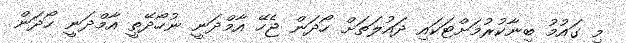
މި ގައުމު ބިނާކުރުމަށްޓަކައި ދައުލަތަށް ހޯދަން ޖެހޭ އާމްދަނީ ނުހޯދޭތީ އާމްދަނީ ހޯދަން